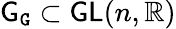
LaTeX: {\mathsf{G}}_{\mathtt{G}}\subset\mathsf{GL}(n,\mathbb{R})